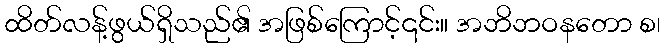
ထိတ်လန့်ဖွယ်ရှိသည်၏ အဖြစ်ကြောင့်၎င်း။ အဘိဘဝနတော စ၊